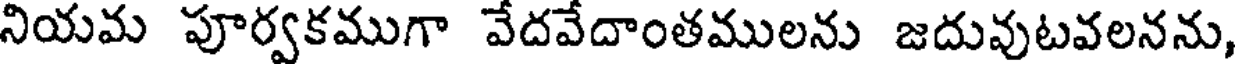
నియమ పూర్వకముగా వేదవేదాంతములను జదువుటవలనను,